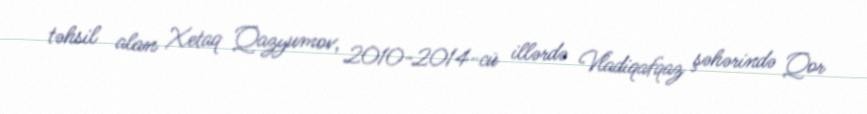
təhsil alan Xetaq Qazyumov, 2010-2014-cü illərdə Vladiqafqaz şəhərində Qor